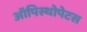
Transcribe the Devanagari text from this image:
ऑपिस्थोपेटस